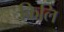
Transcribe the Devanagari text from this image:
किलि